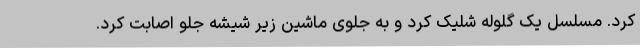
کرد. مسلسل یک گلوله شلیک کرد و به جلوی ماشین زیر شیشه جلو اصابت کرد.